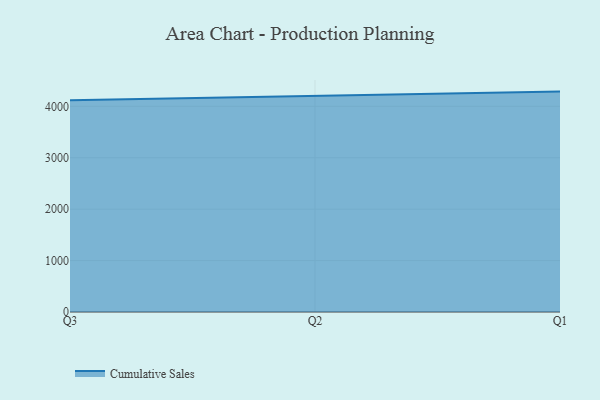
{"axis": {"x": "Quarter", "y": "Shipments"}, "legend": ["Cumulative Sales"], "data": [{"x": "Q3", "y": 4116.8, "type": "Cumulative Sales"}, {"x": "Q2", "y": 4198.1, "type": "Cumulative Sales"}, {"x": "Q1", "y": 4286.2, "type": "Cumulative Sales"}]}